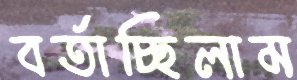
বর্তাচ্ছিলাম